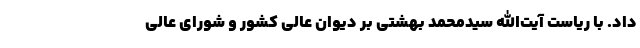
داد. با ریاست آیت‌الله سیدمحمد بهشتی بر دیوان عالی کشور و شورای عالی